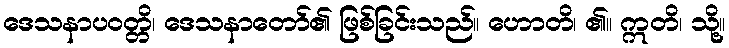
ဒေသနာပဝတ္တိ၊ ဒေသနာတော်၏ ဖြစ်ခြင်းသည်။ ဟောတိ၊ ၏။ ဣတိ၊ သို့။